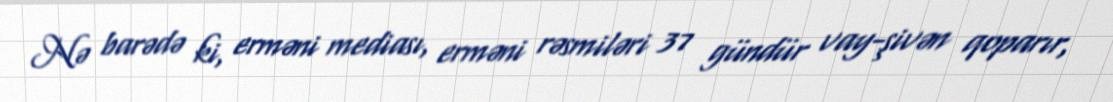
Nə barədə ki, erməni mediası, erməni rəsmiləri 37 gündür vay-şivən qoparır,